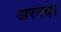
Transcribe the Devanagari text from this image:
अरनब।